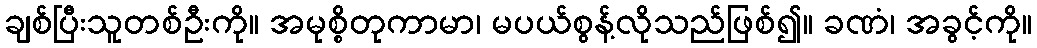
ချစ်ပြီးသူတစ်ဦးကို။ အမုစ္စိတုကာမာ၊ မပယ်စွန့်လိုသည်ဖြစ်၍။ ခဏံ၊ အခွင့်ကို။